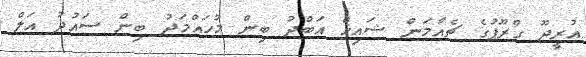
އުރީދޫ ގްރޫޕުގެ ޗެއާމަން ޝައިޚް އަބްދު ބިން މުހައްމަދު ބިން ސައުދު އަލް